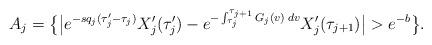
LaTeX: \begin{align*}A_j = \big\{ \big| e^{-sq_j(\tau_j' - \tau_j)} X'_j(\tau_j') - e^{-\int_{\tau_j}^{\tau_{j+1}} G_j(v) \: dv} X_j'(\tau_{j+1}) \big| > e^{-b} \big\}.\end{align*}